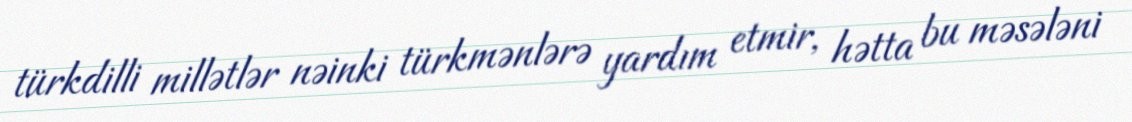
türkdilli millətlər nəinki türkmənlərə yardım etmir, hətta bu məsələni